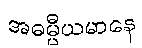
အဓမ္မီယမာနေ